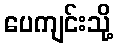
ပေကျင်းသို့